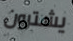
يشترون